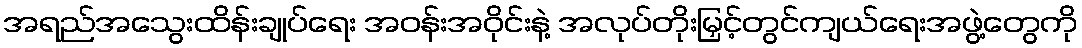
အရည်အသွေးထိန်းချုပ်ရေး အဝန်းအဝိုင်းနဲ့ အလုပ်တိုးမြှင့်တွင်ကျယ်ရေးအဖွဲ့တွေကို